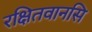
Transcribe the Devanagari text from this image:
रक्षितवानसि